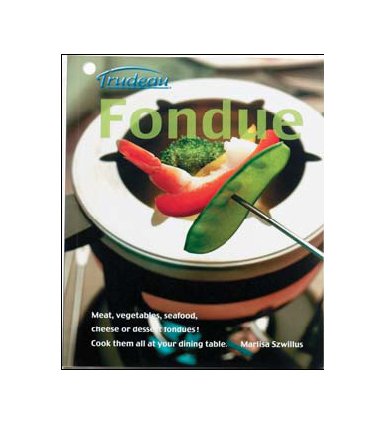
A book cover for Fondue Recipe Cookbook by Trudeau; Trudeau; Cookbooks, Food & Wine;